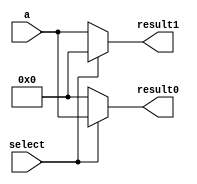
module DEMUX(
    input[63:0] a,
    input select,
    output[63:0] result0, result1
);

assign result0 = select == 1'b1 ? a: 64'b0 ;
assign result1 = select == 1'b1 ? 64'b0: a;


//teste

endmodule